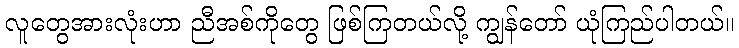
လူတွေအားလုံးဟာ ညီအစ်ကိုတွေ ဖြစ်ကြတယ်လို့ ကျွန်တော် ယုံကြည်ပါတယ်။